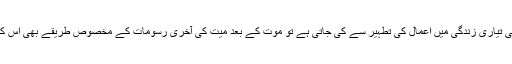
اس ابدی زندگی کی تیاری زندگی میں اعمال کی تطہیر سے کی جاتی ہے تو موت کے بعد میت کی آخری رسومات کے مخصوص طریقے بھی اس کا اظہار ہوتے ہیں۔